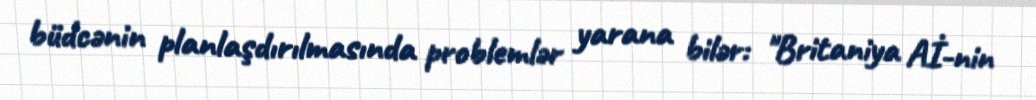
büdcənin planlaşdırılmasında problemlər yarana bilər: "Britaniya Aİ-nin